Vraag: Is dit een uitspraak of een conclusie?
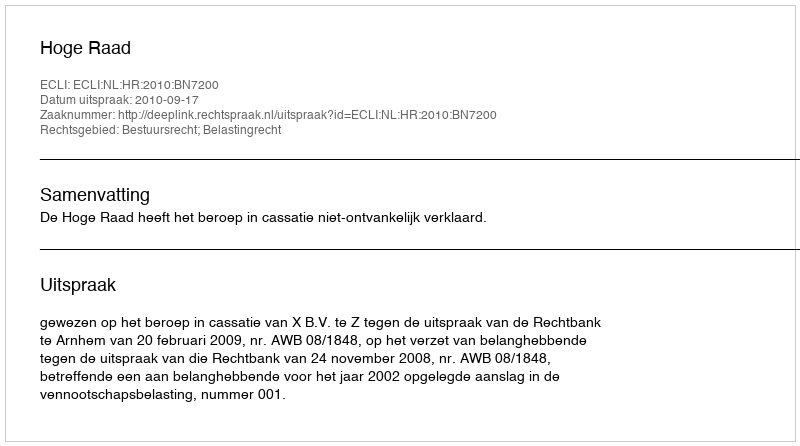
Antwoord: Uitspraak